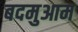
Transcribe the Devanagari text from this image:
बदमुआम